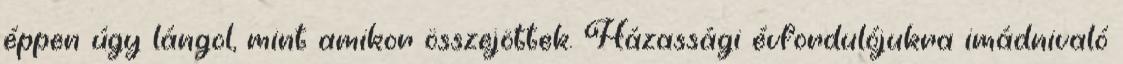
éppen úgy lángol, mint amikor összejöttek. Házassági évfordulójukra imádnivaló